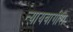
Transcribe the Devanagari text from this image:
न्यायवागीश